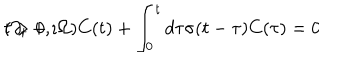
( \partial _ { t } + \imath \Omega ) C ( t ) + \int _ { 0 } ^ { t } d \tau \sigma ( t - \tau ) C ( \tau ) = 0 \hspace { 1 c m } t > 0 ,